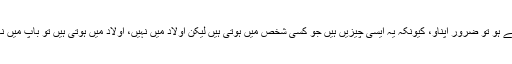
اعلی اخلاقی اقدار 10 ہیں، اگر تم انہیں اپنا سکتے ہو تو ضرور اپناو، کیونکہ یہ ایسی چیزیں ہیں جو کسی شخص میں ہوتی ہیں لیکن اولاد میں نہیں، اولاد میں ہوتی ہیں تو باپ میں نہیں ہوتیں، غلام میں ہوں تو آزاد میں نہیں ہوتیں۔